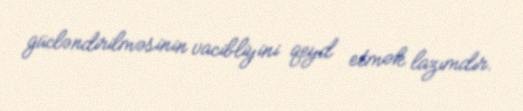
gücləndirilməsinin vacibliyini qeyd etmək lazımdır.